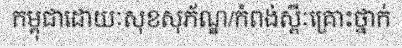
កម្ពុជាដោយៈសុខសុភ័ណ្ឌ/កំពង់ស្ពឺៈគ្រោះថ្នាក់